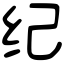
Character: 纪